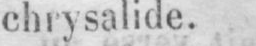
chrysalide.